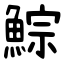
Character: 鯮